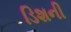
ડિશની